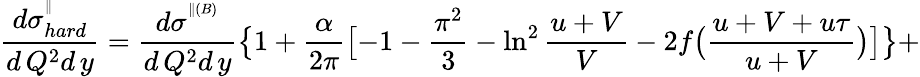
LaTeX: \frac{d\sigma_{hard}^{^{\parallel}}}{d\, Q^{2}d\, y}=\frac{d\sigma^{^{\parallel(B)}}}{d\, Q^{2}d\, y}\bigl\{ 1+\frac{\alpha}{2\pi}\bigl[-1-\frac{\pi^{2}}{3}-\ln^{2}\frac{u+V}{V}-2f\bigl(\frac{u+V+u\tau}{u+V}\bigr)\bigr]\bigr\} +